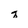
Character: q